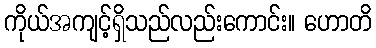
ကိုယ်အကျင့်ရှိသည်လည်းကောင်း။ ဟောတိ